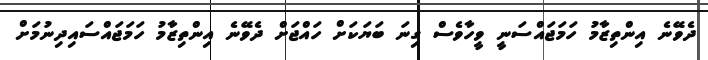
ދެވޭނެ އިންތިޒާމު ހަމަޖައްސަނީ ވީހާވެސް ގިނަ ބަޔަކަށް ހައްޖަށް ދެވޭނެ އިންތިޒާމު ހަމަޖައްސައިދިނުމަށް